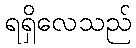
ရရှိလေသည်